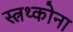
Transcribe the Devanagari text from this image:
स्त्रथ्कोना